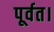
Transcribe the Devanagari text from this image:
पूर्वत।